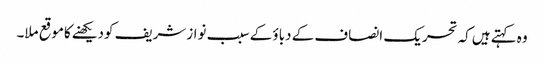
وہ کہتےہیں کہ تحریک انصاف کے دباؤ کے سبب نوازشریف کودیکھنےکاموقع ملا۔